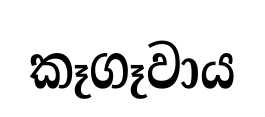
කෑගෑවාය